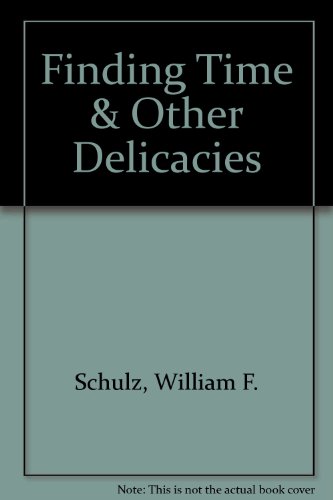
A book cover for Finding Time & Other Delicacies; William F. Schulz; Religion & Spirituality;